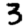
Digit: 3